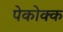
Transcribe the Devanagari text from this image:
पेकोक्क